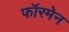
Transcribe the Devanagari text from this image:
फॉरमेन